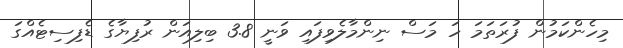
މިހެންކަމުން ފުރަތަމަ ހަ މަސް ނިންމާލެވިފައި ވަނީ 3.8 ބިލިއަން ރުފިޔާގެ ޑެފިސިޓެއްގަ